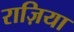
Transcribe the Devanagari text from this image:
राज़िया